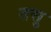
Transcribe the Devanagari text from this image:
तसु